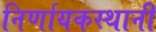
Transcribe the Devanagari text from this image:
निर्णायकस्थानी